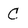
Character: C